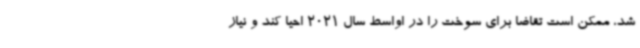
شد، ممکن است تقاضا برای سوخت را در اواسط سال 2021 احیا کند و نیاز